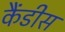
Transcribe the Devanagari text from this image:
कैंडीस